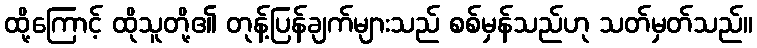
ထို့ကြောင့် ထိုသူတို့၏ တုန့်ပြန်ချက်များသည် စစ်မှန်သည်ဟု သတ်မှတ်သည်။